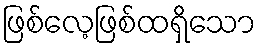
ဖြစ်လေ့ဖြစ်ထရှိသော